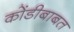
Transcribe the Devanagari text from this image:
कोंडीबाबत